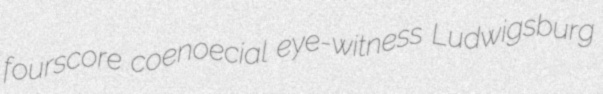
fourscore coenoecial eye-witness Ludwigsburg